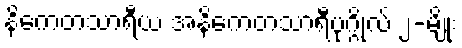
နိကေတသာရီယ အနိကေတသာရီပုဂ္ဂိုလ် ၂-မျိုး